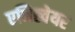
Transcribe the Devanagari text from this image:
एनिह्वेयर